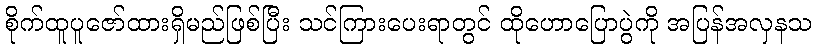
စိုက်ထူပူဇော်ထားရှိမည်ဖြစ်ပြီး သင်ကြားပေးရာတွင် ထိုဟောပြောပွဲကို အပြန်အလှနသ